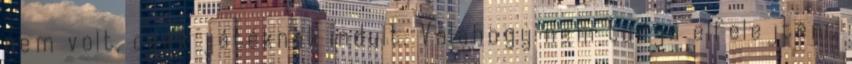
nem volt, csak játéknak indult. Valahogy nem tudja elfelejteni,